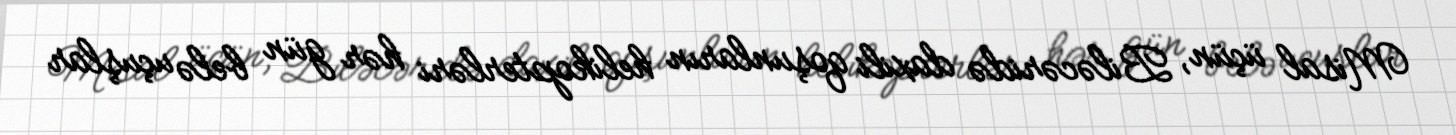
Misal üçün, Biləcəridə daxili qoşunların helikopterləri hər gün belə uçuşlar